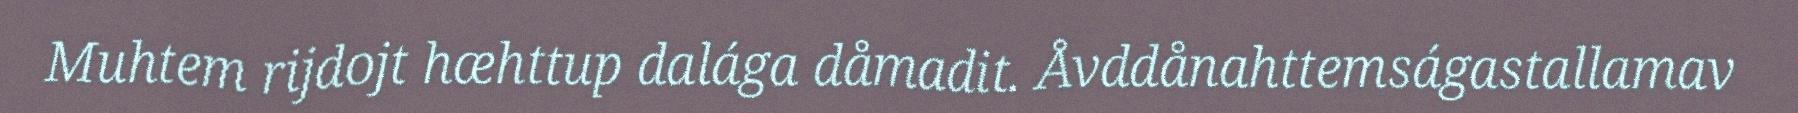
Muhtem rijdojt hæhttup dalága dåmadit. Åvddånahttemságastallamav